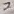
Text: 7